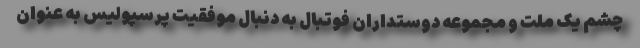
چشم یک ملت و مجموعه دوستداران فوتبال به دنبال موفقیت پرسپولیس به عنوان